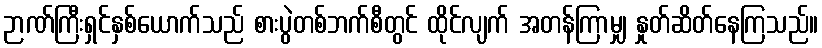
ဉာဏ်ကြီးရှင်နှစ်ယောက်သည် စားပွဲတစ်ဘက်စီတွင် ထိုင်လျက် အတန်ကြာမျှ နှုတ်ဆိတ်နေကြသည်။